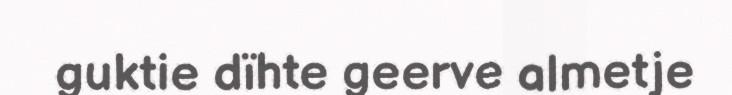
guktie dïhte geerve almetje